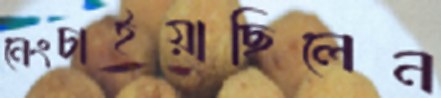
নেংচাইয়াছিলেন